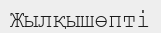
Жылқышөпті